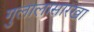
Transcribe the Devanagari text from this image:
गुलालासारखा